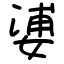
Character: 㜑